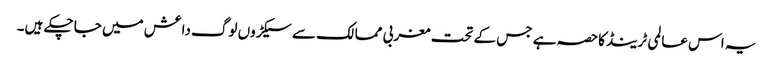
یہ اس عالمی ٹرینڈکاحصہ ہے جس کے تحت مغربی ممالک سے سیکڑوں لوگ داعش میں جا چکے ہیں۔